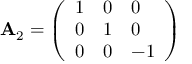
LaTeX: \mathbf { A } _ { 2 } = { \left( \begin{array} { l l l } { 1 } & { 0 } & { 0 } \\ { 0 } & { 1 } & { 0 } \\ { 0 } & { 0 } & { - 1 } \end{array} \right) }